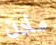
مادن